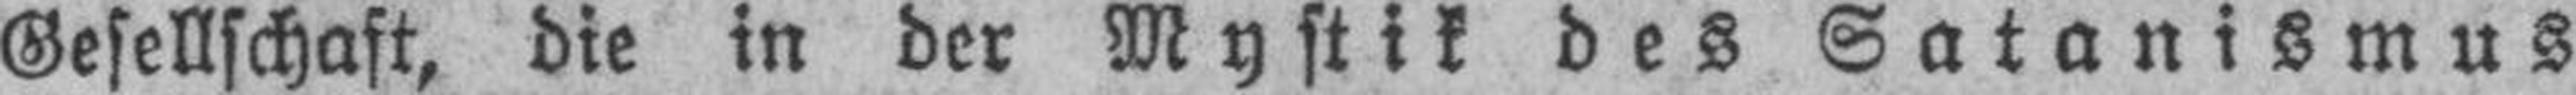
Gesellschaft, die in der Mystik des Satanismus